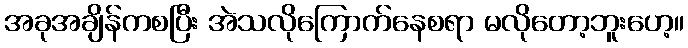
အခုအချိန်ကစပြီး အဲသလိုကြောက်နေစရာ မလိုတော့ဘူးဟေ့။